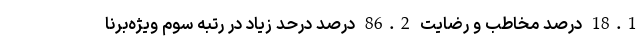
18.1 درصد مخاطب و رضایت 86.2 درصد درحد زیاد در رتبه سوم ویژه‌برنا